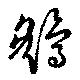
鷂